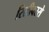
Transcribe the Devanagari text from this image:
रिसीवरसे